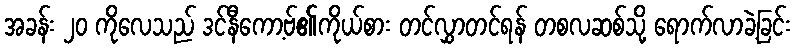
အခန်း ၂၀ ကိုလေသည် ဒင်နီကော့ဗ်၏ကိုယ်စား တင်လွှာတင်ရန် တစလဆစ်သို့ ရောက်လာခဲ့ခြင်း